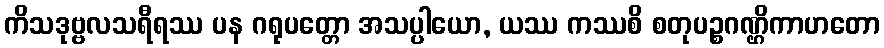
ကိသဒုဗ္ဗလသရီရဿ ပန ဂရုပတ္တော အသပ္ပါယော, ယဿ ကဿစိ စတုပဉ္စဂဏ္ဌိကာဟတော